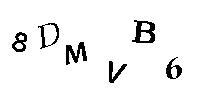
8DMVB6